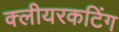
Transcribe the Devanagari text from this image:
क्लीयरकटिंग